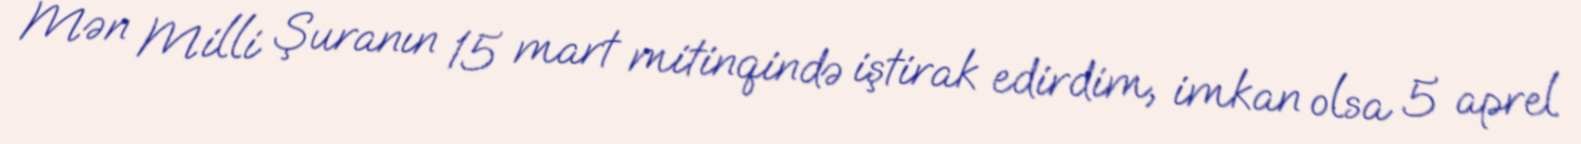
Mən Milli Şuranın 15 mart mitinqində iştirak edirdim, imkan olsa 5 aprel